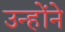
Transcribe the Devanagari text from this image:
उन्होंने